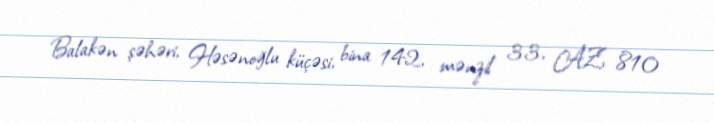
Balakən şəhəri, Həsənoğlu küçəsi, bina 142, mənzil 33, AZ 810